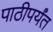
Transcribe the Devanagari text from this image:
पाठीपर्यंत